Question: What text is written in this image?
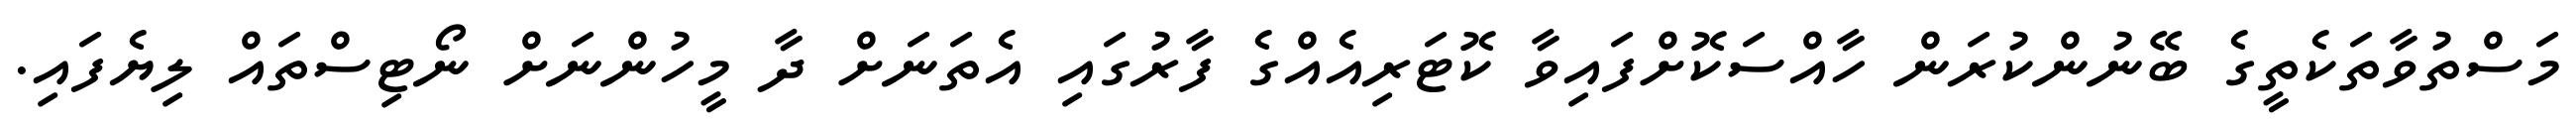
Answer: މަސްތުވާތަކެތީގެ ބޭނުންކުރަން ހާއްސަކޮށްފައިވާ ކޮޓަރިއެއްގެ ފާރުގައި އެތަނަށް ދާ މީހުންނަށް ނޯޓިސްތައް ލިޔެފައި.